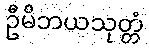
ဦမိဘယသုတ္တံ